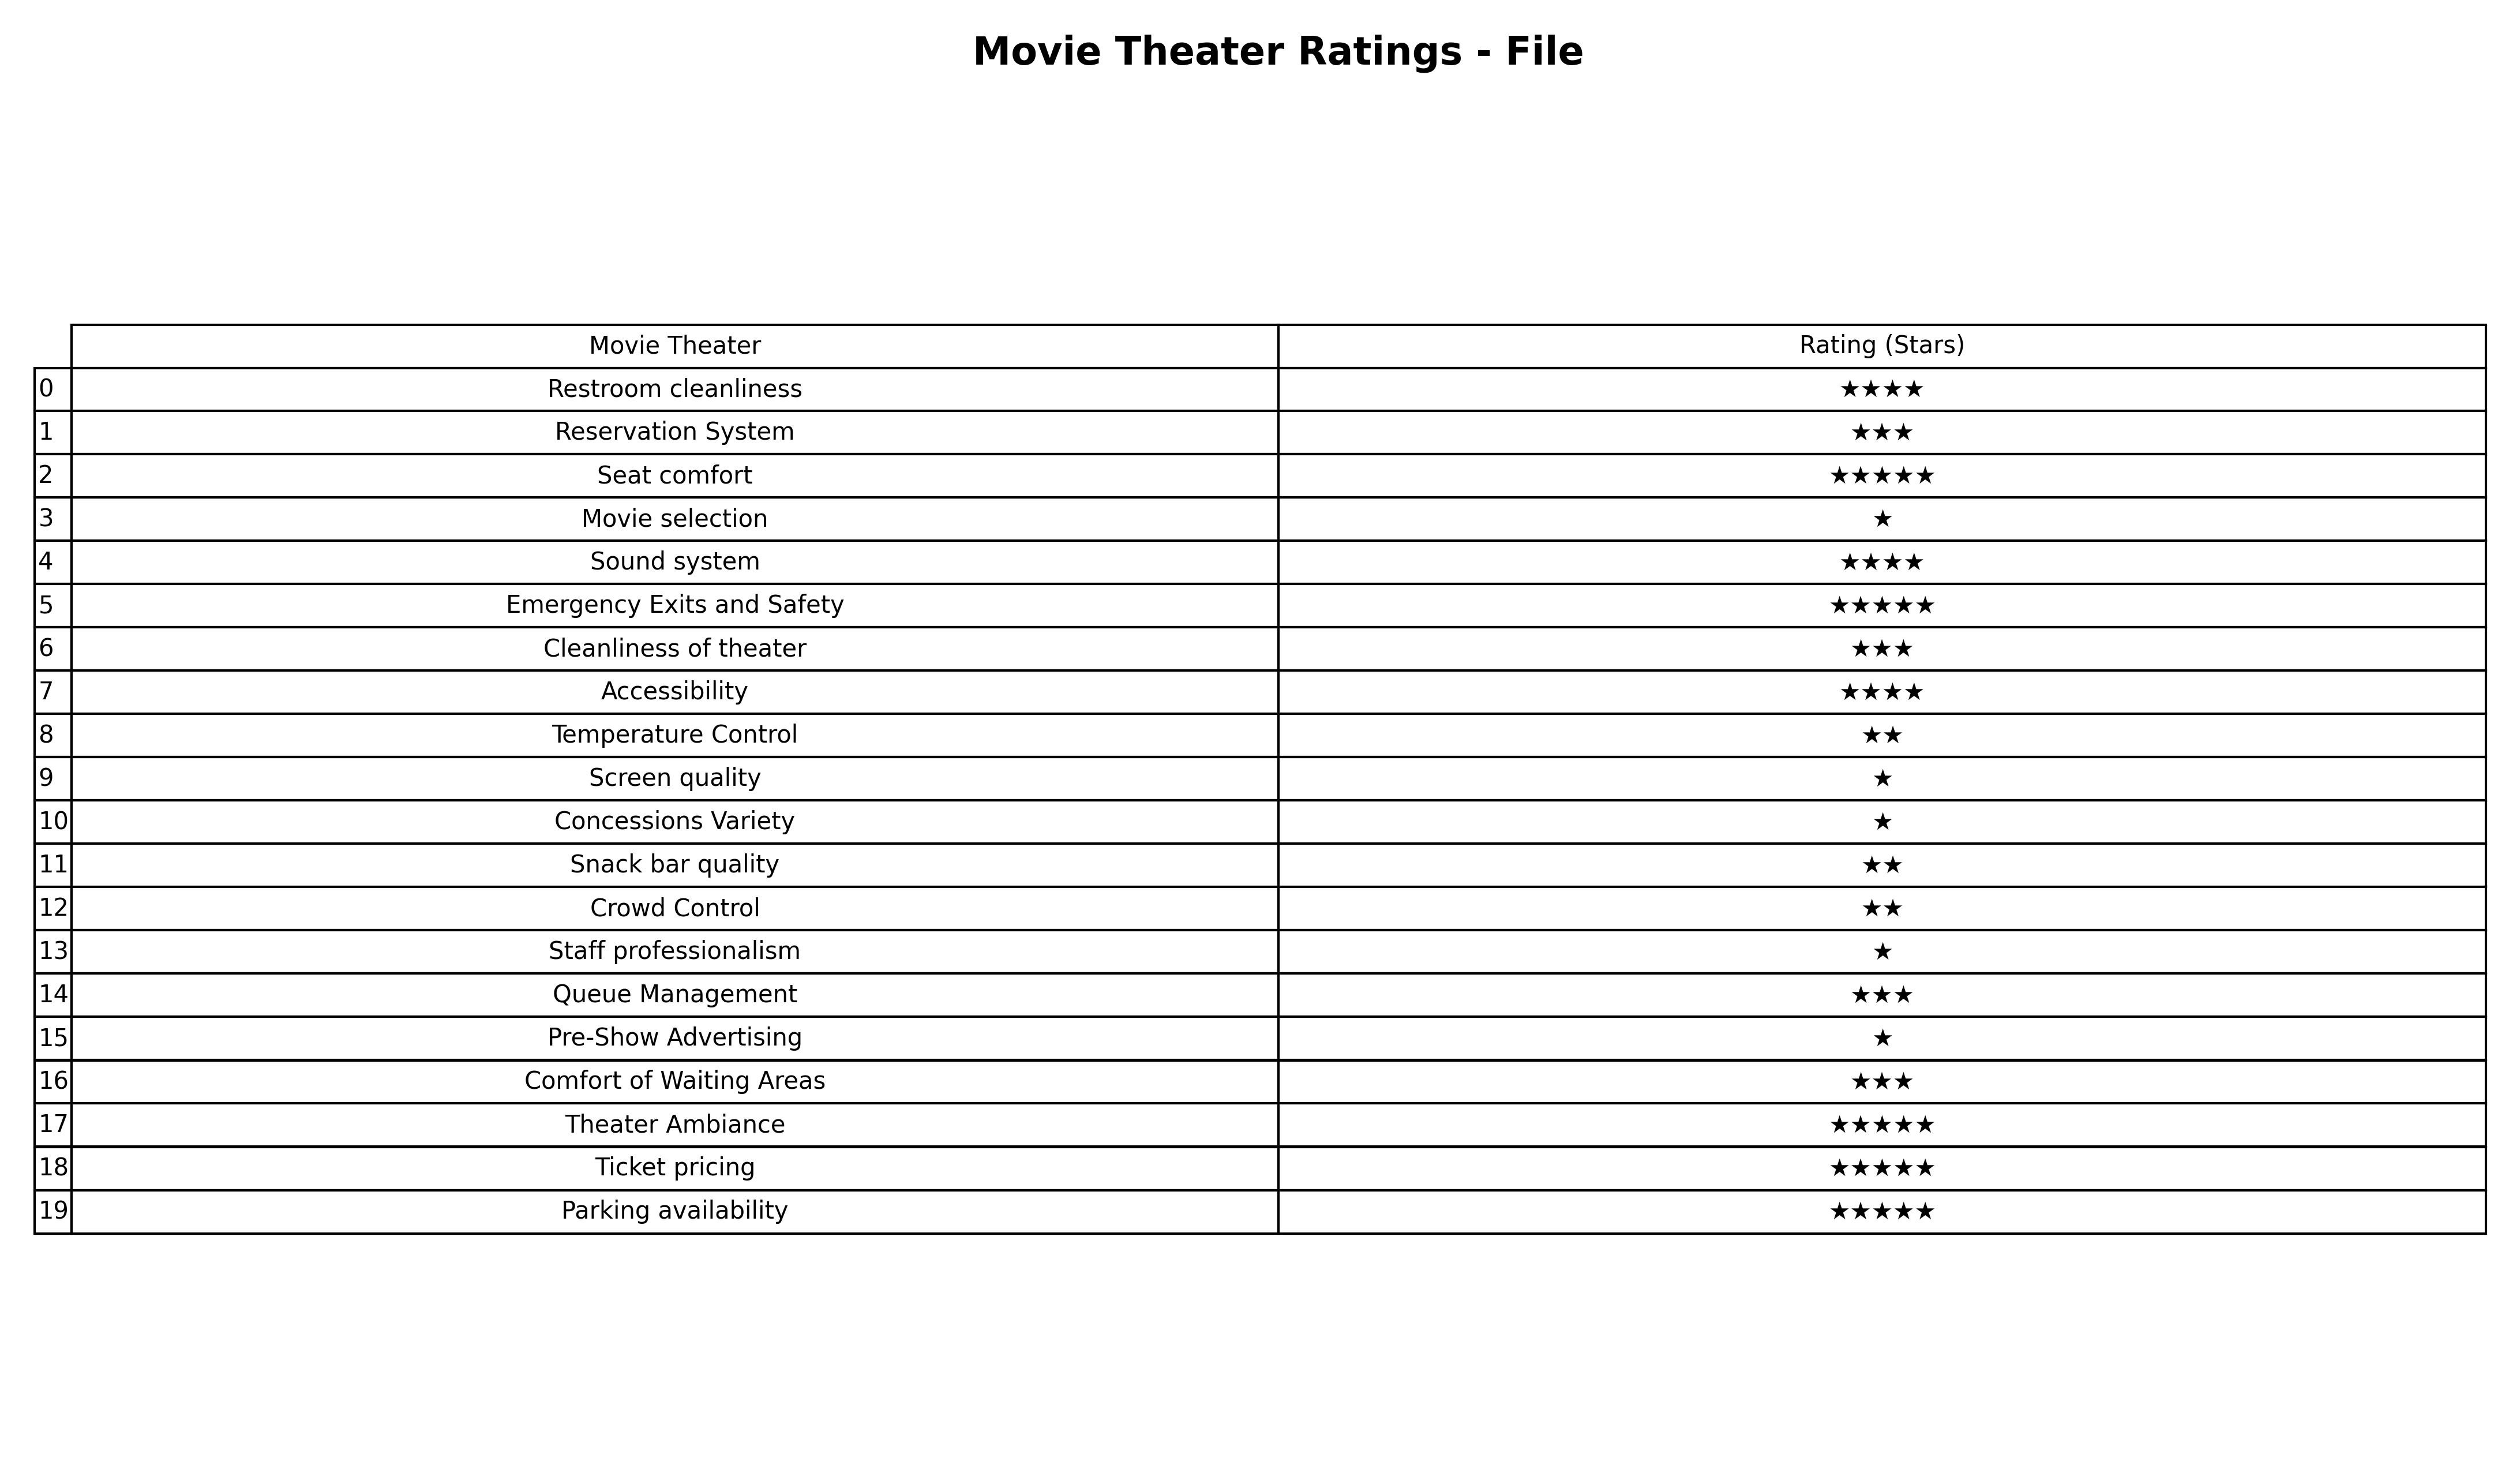
question: What is the rating of Crowd Control?
answer: ★★